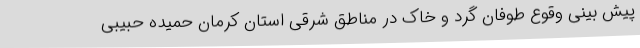
پیش بینی وقوع طوفان گرد و خاک در مناطق شرقی استان کرمان حمیده حبیبی